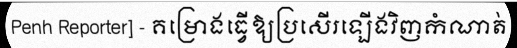
Penh Reporter] - គម្រោងធ្វើឱ្យប្រសើរឡើងវិញកំណាត់